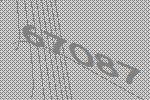
67087